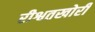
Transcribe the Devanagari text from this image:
रीश्वतखोरी